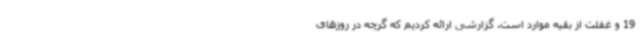
19 و غفلت از بقیه موارد است. گزارشی ارائه کردیم که گرچه در روزهای